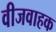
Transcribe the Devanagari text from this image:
वीजवाहक